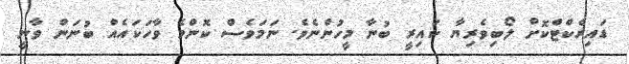
ޑައިރެކްޓްކޮށް ލޯބިވެރިޔާ ކައިރީ ބުނާ މީހުންނެވެ. ނަމަވެސް ކޮންމެ ވާހަކައެއް ބުނަން ވާނީ